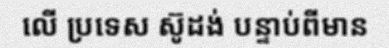
លើ ប្រទេស ស៊ូដង់ បន្ទាប់ពីមាន